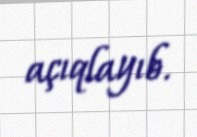
açıqlayıb.